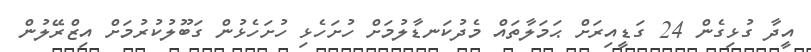
އީދާ ގުޅިގެން 24 ގަޑީއިރަށް ޙަމަލާތައް މެދުކަނޑާލުމަށް ހުށަހެޅި ހުށަހެޅުން ގަބޫލުކުރުމަށް އިޒްރޭލުން